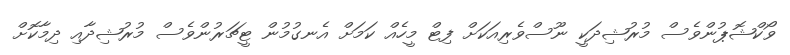
ވޯކްޝޮޕުންވެސް މުރުޝިދަކީ ނޫސްވެރިއަކަށް ފިޓް މީހެއް ކަމަށް އެނގުމުން ޓީޗަރުންވެސް މުރުޝިދާއި ދިމާކޮށް